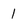
Character: l